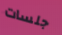
جلسات